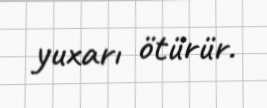
yuxarı ötürür.